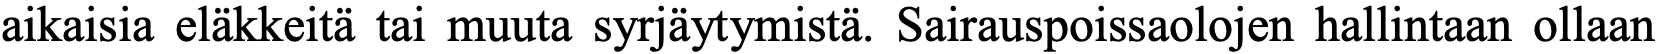
aikaisia eläkkeitä tai muuta syrjäytymistä. Sairauspoissaolojen hallintaan ollaan